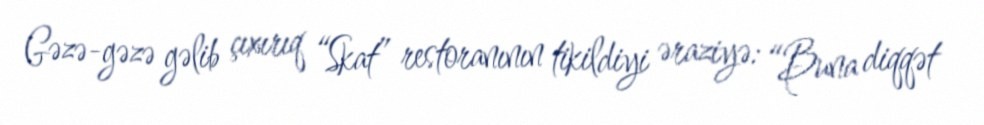
Gəzə-gəzə gəlib çıxırıq “Skat” restoranının tikildiyi əraziyə: “Buna diqqət